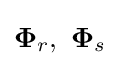
{\boldsymbol {\Phi }}_{r},\ {\boldsymbol {\Phi }}_{s}\,\!